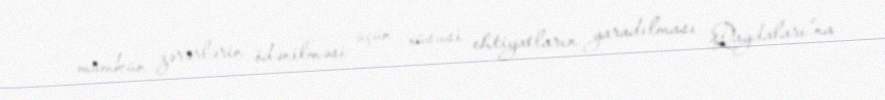
mümkün zərərlərin ödənilməsi üçün xüsusi ehtiyatların yaradılması Qaydaları”na